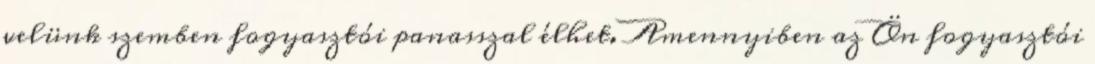
velünk szemben fogyasztói panasszal élhet. Amennyiben az Ön fogyasztói